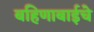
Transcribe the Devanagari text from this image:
बहिणाबाईचे